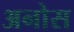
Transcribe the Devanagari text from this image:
अनोस